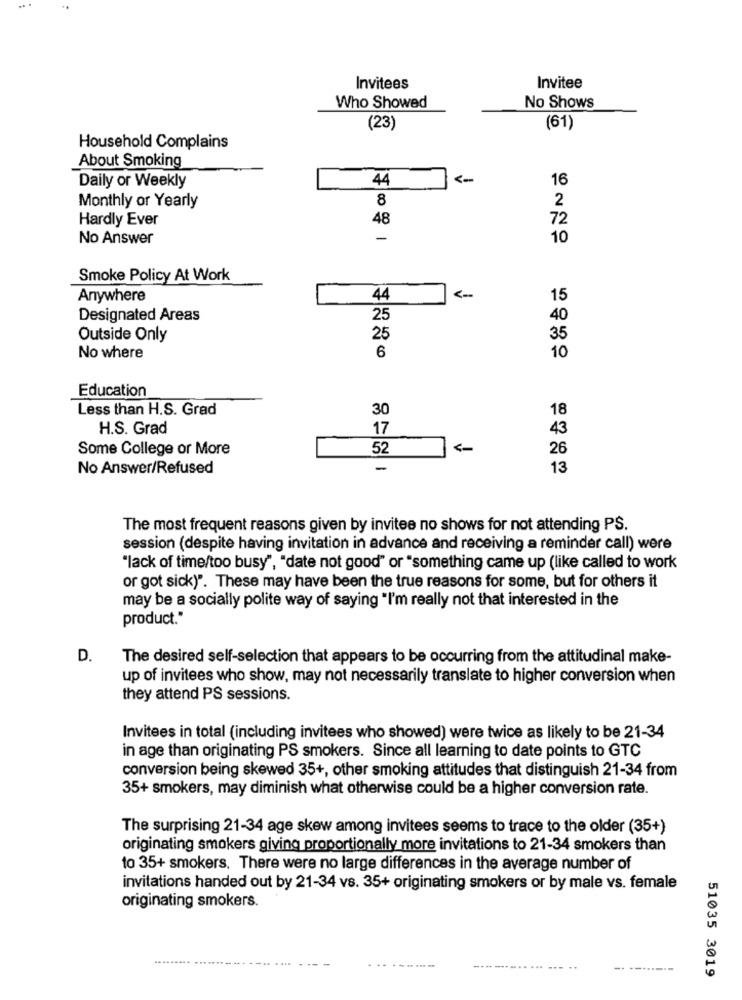
Invitees
Invitee
Who Showed
No Shows
(23)
(61)
Household Complains
About Smoking
Daily or Weekly
44
16
8
2
Monthly or Yearly
Hardly Ever
48
72
No Answer
-
10
Smoke Policy At Work
Anywhere
44
15
Designated Areas
25
40
Outside Only
25
35
10
No where
6
Education
Less than H.S. Grad
30
18
H.S. Grad
17
Some College or More
52
26
No Answer/Refused
-
13
The most frequent reasons given by invitee no shows for not attending PS.
session (despite having invitation in advance and receiving a reminder call) were
"lack of time/too busy", "date not good" or "something came up (like called to work
or got sick)". These may have been the true reasons for some, but for others it
may be a socially polite way of saying "I'm really not that interested in the
product."
D.
The desired self-selection that appears to be occurring from the attitudinal make-
up of invitees who show, may not necessarily translate to higher conversion when
they attend PS sessions.
Invitees in total (including invitees who showed) were twice as likely to be 21-34
in age than originating PS smokers. Since all learning to date points to GTC
conversion being skewed 35+, other smoking attitudes that distinguish 21-34 from
35+ smokers, may diminish what otherwise could be a higher conversion rate.
The surprising 21-34 age skew among invitees seems to trace to the older (35+)
originating smokers giving proportionally more invitations to 21-34 smokers than
to 35+ smokers. There were no large differences in the average number of
invitations handed out by 21-34 vs. 35+ originating smokers or by male vs. female
originating smokers.
. ...
......... ...
. ..
-- ---
51035 3019